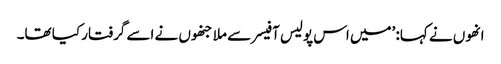
انھوں نے کہا: ’میں اس پولیس آفیسر سے ملا جنھوں نے اسے گرفتار کیا تھا۔